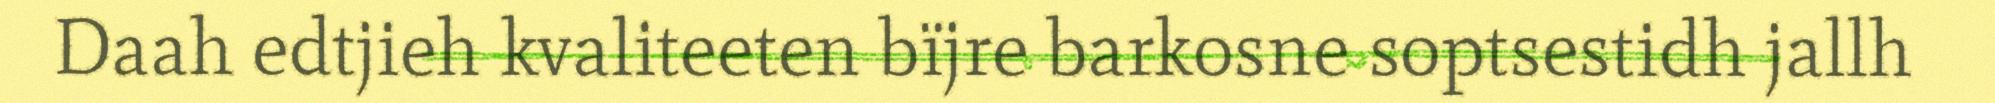
Daah edtjieh kvaliteeten bïjre barkosne soptsestidh jallh